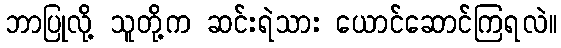
ဘာပြုလို့ သူတို့က ဆင်းရဲသား ယောင်ဆောင်ကြရလဲ။